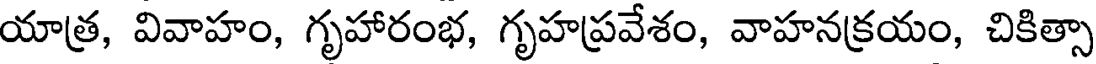
యాత్ర, వివాహం, గృహారంభ, గృహప్రవేశం, వాహనక్రయం, చికిత్సా